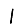
Digit: 1